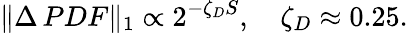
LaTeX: \| \Delta\, PDF\| _{1}\propto 2^{-\zeta_{D}S},\quad\zeta_{D}\approx 0.25.